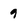
Character: 9